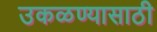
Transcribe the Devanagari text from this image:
उकळण्यासाठी